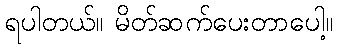
ရပါတယ်။ မိတ်ဆက်ပေးတာပေါ့။